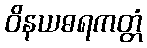
ဝိနယဓရကတ္တံ